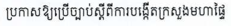
ប្រកាសឱ្យប្រើច្បាប់ស្តីពីការបង្កើតក្រសួងមហាផ្ទៃ